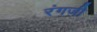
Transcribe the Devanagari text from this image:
रंगजी